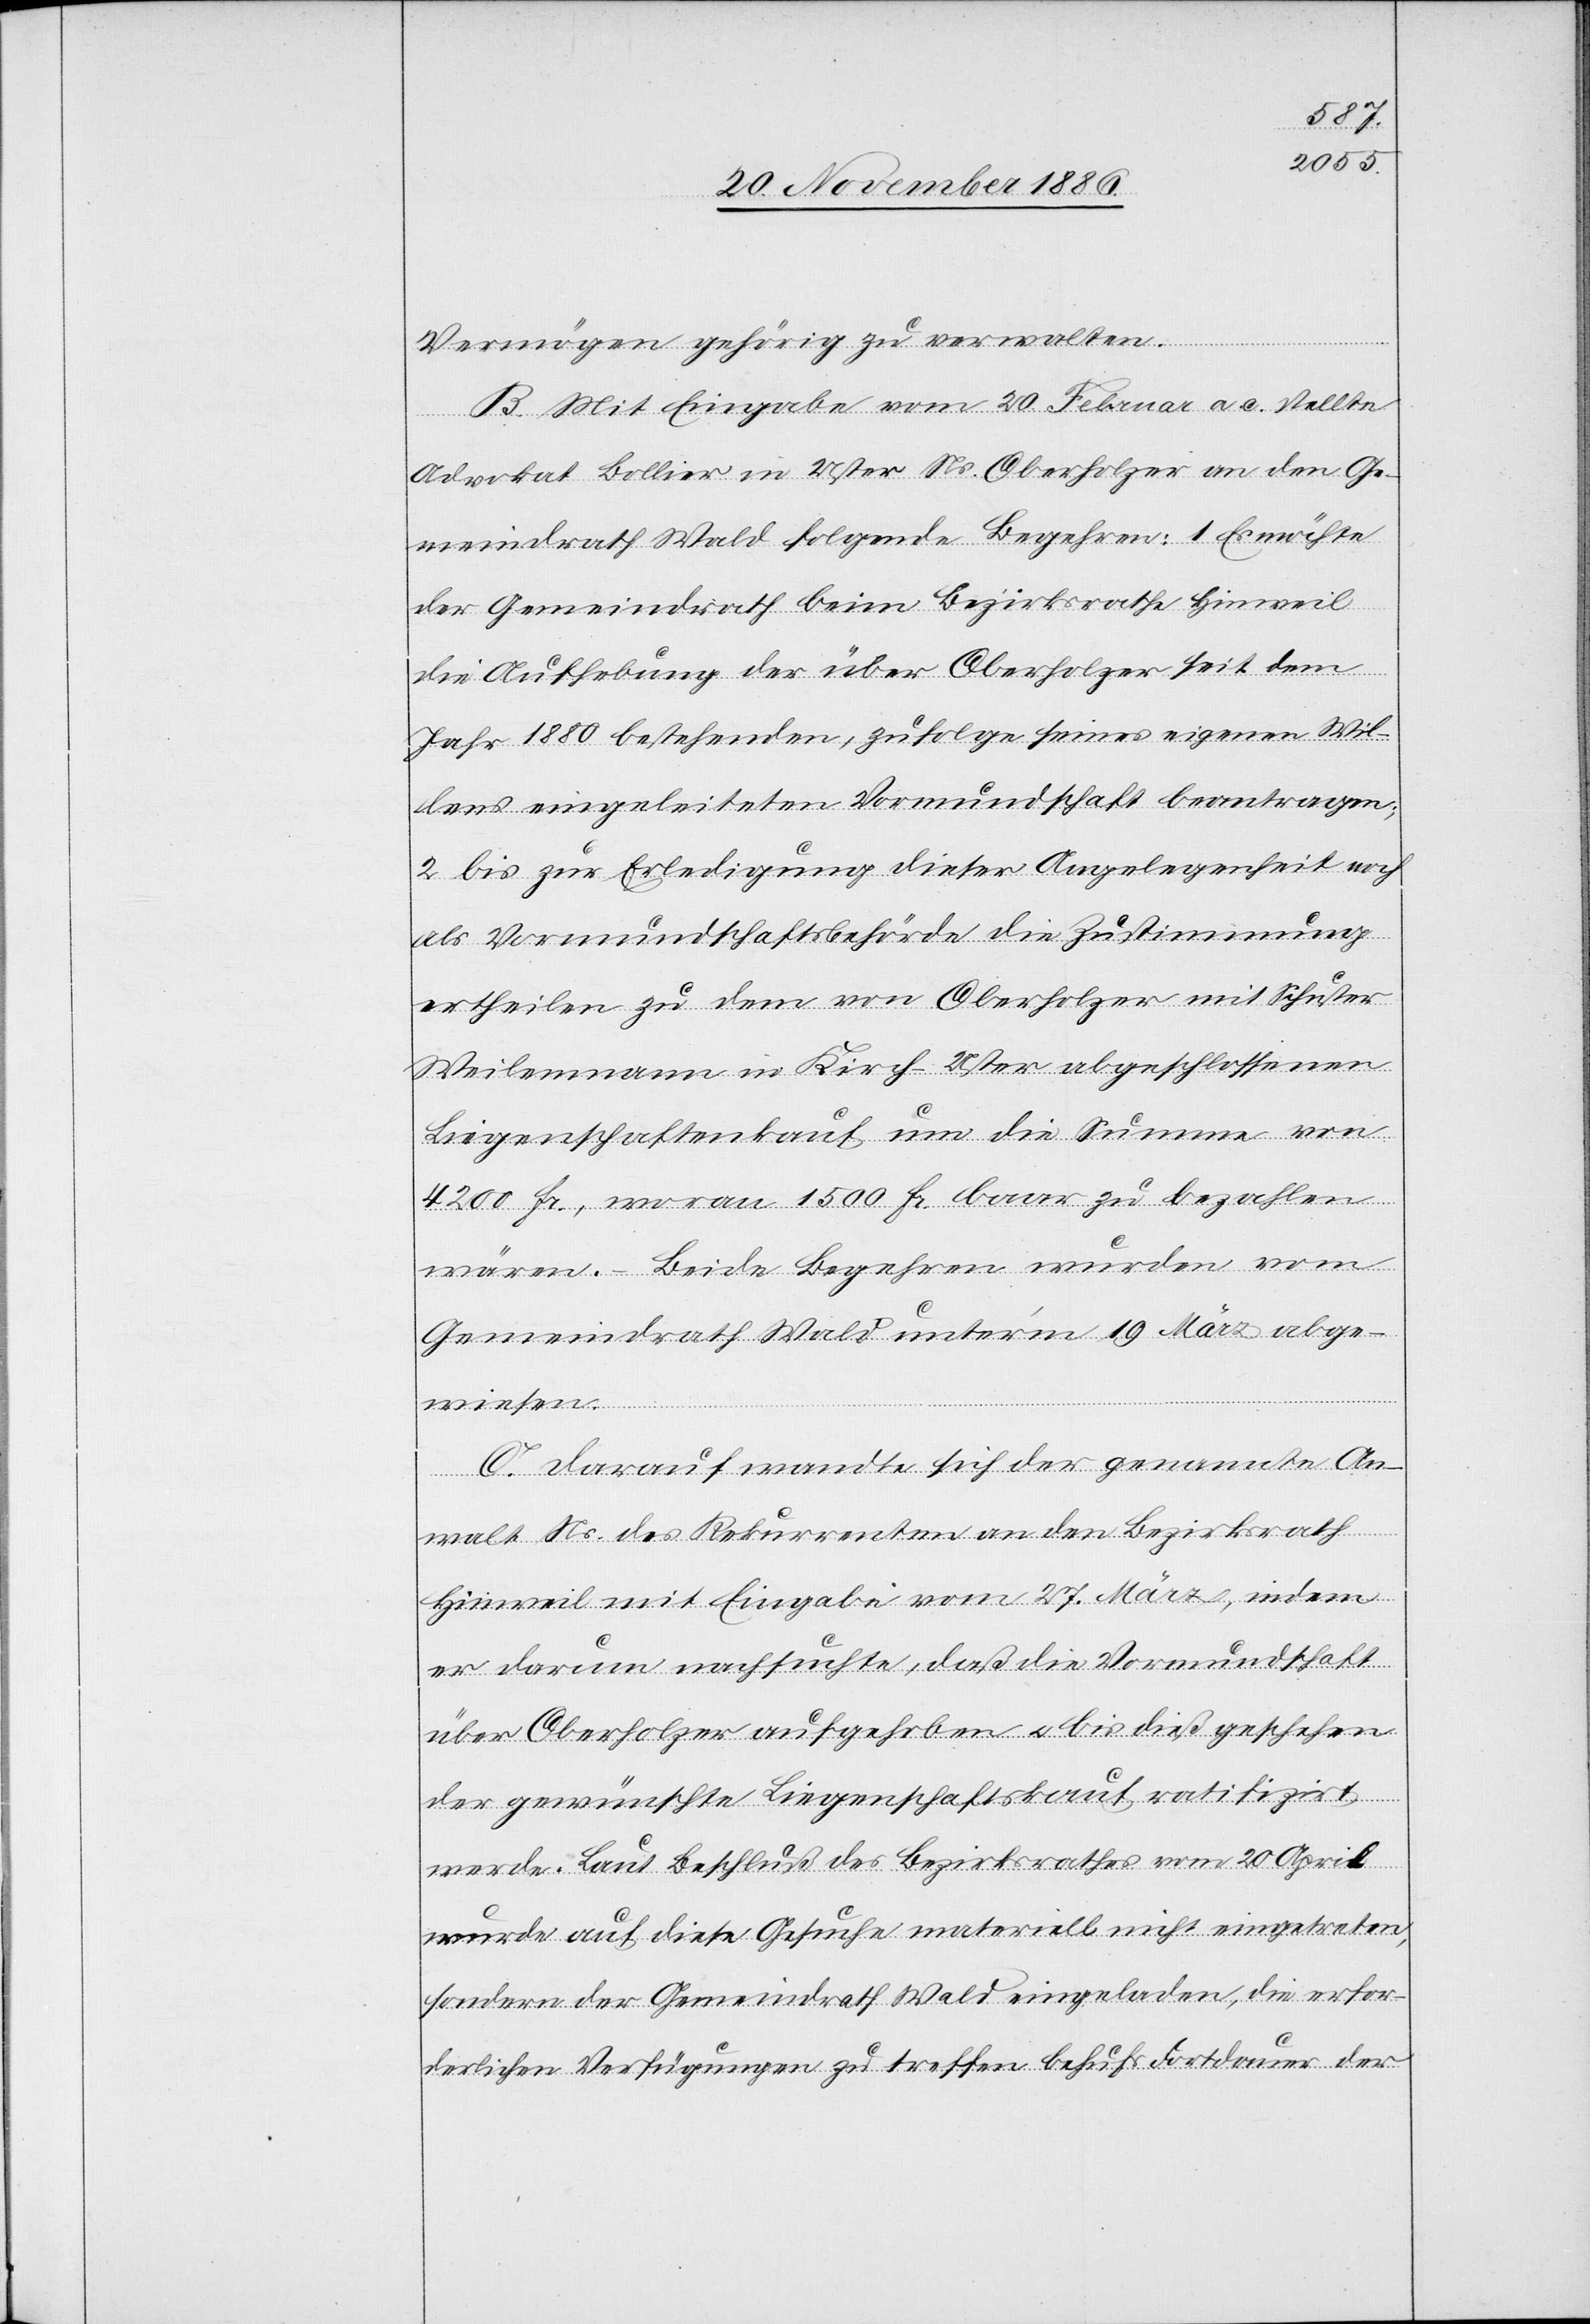
Vermögen gehörig zu verwalten.
B. Mit Eingabe vom 20. Februar a. c. stellte
Advokat Bollier in Uster Ns. Oberholzer an den Ge¬
meindrath Wald folgende Begehren: 1 Es möchte
der Gemeindrath beim Bezirksrathe Hinweil
die Aufhebung der über Oberholzer seit dem
Jahr 1880 bestehenden, zufolge seines eigenen Wil¬
lens eingeleiteten Vormundschaft beantragen;
2 bis zur Erledigung dieser Angelegenheit noch
als Vormundschaftsbehörde die Zustimmung
ertheilen zu dem von Oberholzer mit Schuster
Weilenmann in Kirch - Uster abgeschlossenen
Liegenschaftenkauf um die Summe von
4200 Fr., woran 1500 Fr. baar zu bezahlen
wären. – Beide Begehren wurden vom
Gemeindrath Wald unter’m 19. März abge¬
wiesen.
C. Darauf wandte sich der genannte An¬
walt Ns. des Rekurrenten an den Bezirksrath
Hinweil mit Eingabe vom 27. März, indem
er darum nachsuchte, daß die Vormundschaft
über Oberholzer aufgehoben & bis dieß geschehen
der gewünschte Liegenschaftskauf ratifizirt
werde. Laut Beschluß des Bezirksrathes vom 20. April
wurde auf diese Gesuche materiell nicht eingetreten,
sondern der Gemeindrath Wald eingeladen, die erfor¬
derlichen Verfügungen zu treffen behufs Fortdauer der